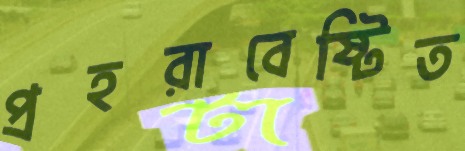
প্রহরাবেষ্টিত